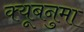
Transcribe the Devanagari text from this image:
क्यूबनुमा